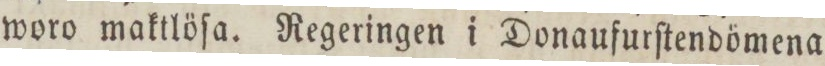
woro maktlöſa. Regeringen i Donaufurſtendömena